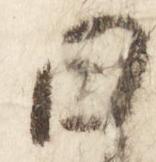
日